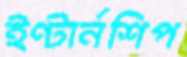
ইণ্টার্নশিপ